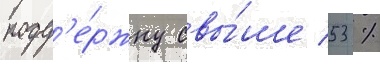
подд'е́ржку свы́ше 53 %